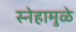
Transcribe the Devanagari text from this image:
स्नेहामुळे